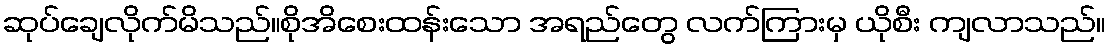
ဆုပ်ချေလိုက်မိသည်။စိုအိစေးထန်းသော အရည်တွေ လက်ကြားမှ ယိုစီး ကျလာသည်။